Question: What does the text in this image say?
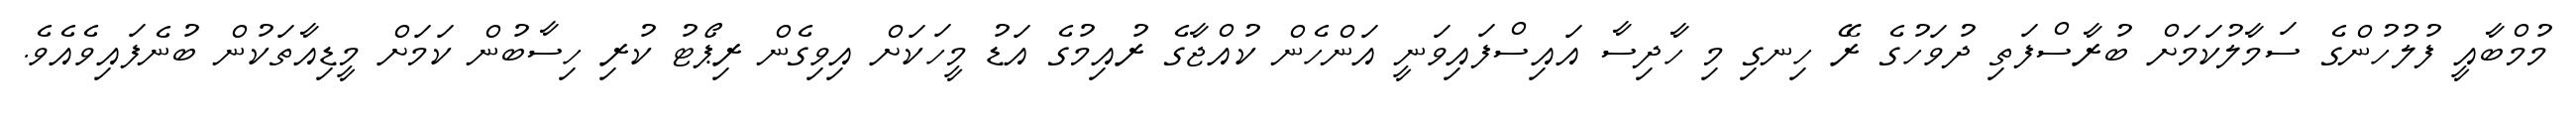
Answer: މުމްބާއީ ފުލުހުންގެ ސަމާލުކަމަށް ބުރާސްފަތި ދުވަހުގެ ރޭ ހިނގި މި ހާދިސާ އައިސްފައިވަނީ އަންހެން ކުއްޖާގެ ރުއިމުގެ އަޑު މީހަކަށް އިވިގެން ރިޕޯޓު ކުރި ހިސާބުން ކަމަށް މީޑިއާތަކުން ބުނެފައިވެއެވެ.